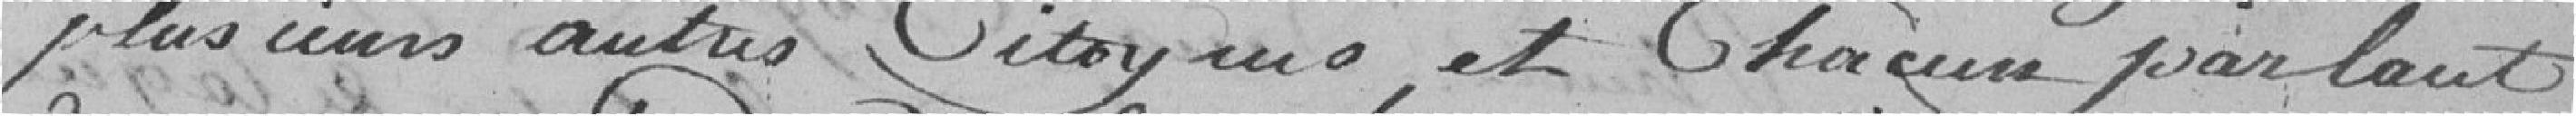
Plusieurs autres citoyens et chacun parlant